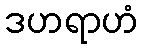
ဒဟရာဟံ